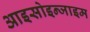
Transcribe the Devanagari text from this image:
आइसोइन्जाइम